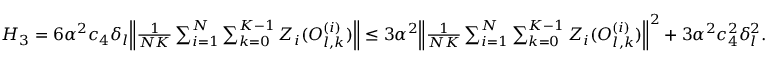
\begin{array} { r } { H _ { 3 } = 6 \alpha ^ { 2 } c _ { 4 } \delta _ { l } \Big \lVert \frac { 1 } { N K } \sum _ { i = 1 } ^ { N } \sum _ { k = 0 } ^ { K - 1 } Z _ { i } ( O _ { l , k } ^ { ( i ) } ) \Big \rVert \le 3 \alpha ^ { 2 } \Big \lVert \frac { 1 } { N K } \sum _ { i = 1 } ^ { N } \sum _ { k = 0 } ^ { K - 1 } Z _ { i } ( O _ { l , k } ^ { ( i ) } ) \Big \rVert ^ { 2 } + 3 \alpha ^ { 2 } c _ { 4 } ^ { 2 } \delta _ { l } ^ { 2 } . } \end{array}